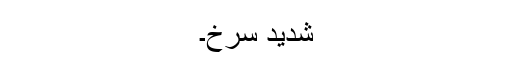
شدید سُرخ۔